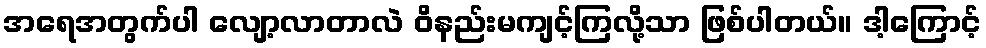
အရေအတွက်ပါ လျော့လာတာလဲ ဝိနည်းမကျင့်ကြလို့သာ ဖြစ်ပါတယ်။ ဒါ့ကြောင့်